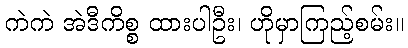
ကဲကဲ အဲဒီကိစ္စ ထားပါဦး၊ ဟိုမှာကြည့်စမ်း။